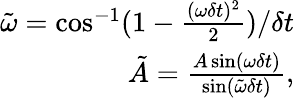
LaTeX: \begin{array}{r}{\tilde{\omega}=\cos^{-1}(1-\frac{(\omega\delta t)^{2}}{2})/\delta t}\\ {\tilde{A}=\frac{A\sin(\omega\delta t)}{\sin(\tilde{\omega}\delta t)},}\end{array}